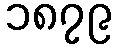
၁၈၇၉